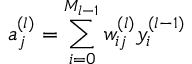
a _ { j } ^ { ( l ) } = \sum _ { i = 0 } ^ { M _ { l - 1 } } w _ { i j } ^ { ( l ) } y _ { i } ^ { ( l - 1 ) }